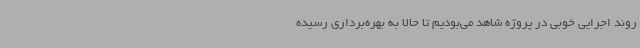
روند اجرایی خوبی در پروژه شاهد می‌بودیم تا حالا به بهره‌برداری رسیده